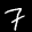
Label: 7